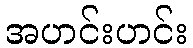
အဟင်းဟင်း